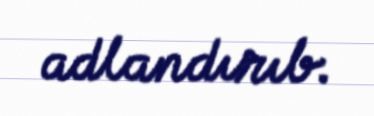
adlandırıb.